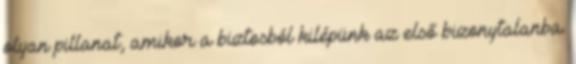
olyan pillanat, amikor a biztosból kilépünk az első bizonytalanba.